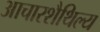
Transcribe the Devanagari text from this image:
आचारशैथिल्य